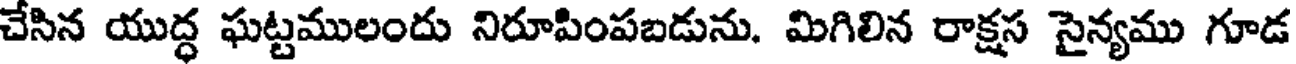
చేసిన యుద్ధ ఘట్టములందు నిరూపింపబడును. మిగిలిన రాక్షస సైన్యము గూడ